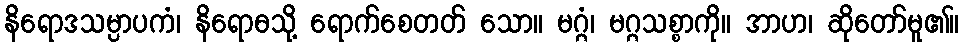
နိရောဒသမ္ပာပကံ၊ နိရောဓသို့ ရောက်စေတတ် သော။ မဂ္ဂံ၊ မဂ္ဂသစ္စာကို။ အာဟ၊ ဆိုတော်မူ၏။